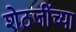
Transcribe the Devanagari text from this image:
शेठजींच्या